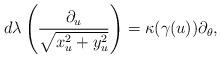
LaTeX: \begin{align*}d\lambda\left( \frac{\partial_{u}}{\sqrt{x_{u}^{2}+y_{u}^{2}}}\right) =\kappa(\gamma(u))\partial_{\theta},\end{align*}